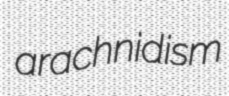
arachnidism